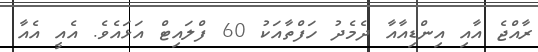
ރާއްޖެ އާއި އިންޑިއާއާ ދެމެދު ހަފްތާއަކު 60 ފްލައިޓް އަޅައެވެ. އެއީ އެއާ